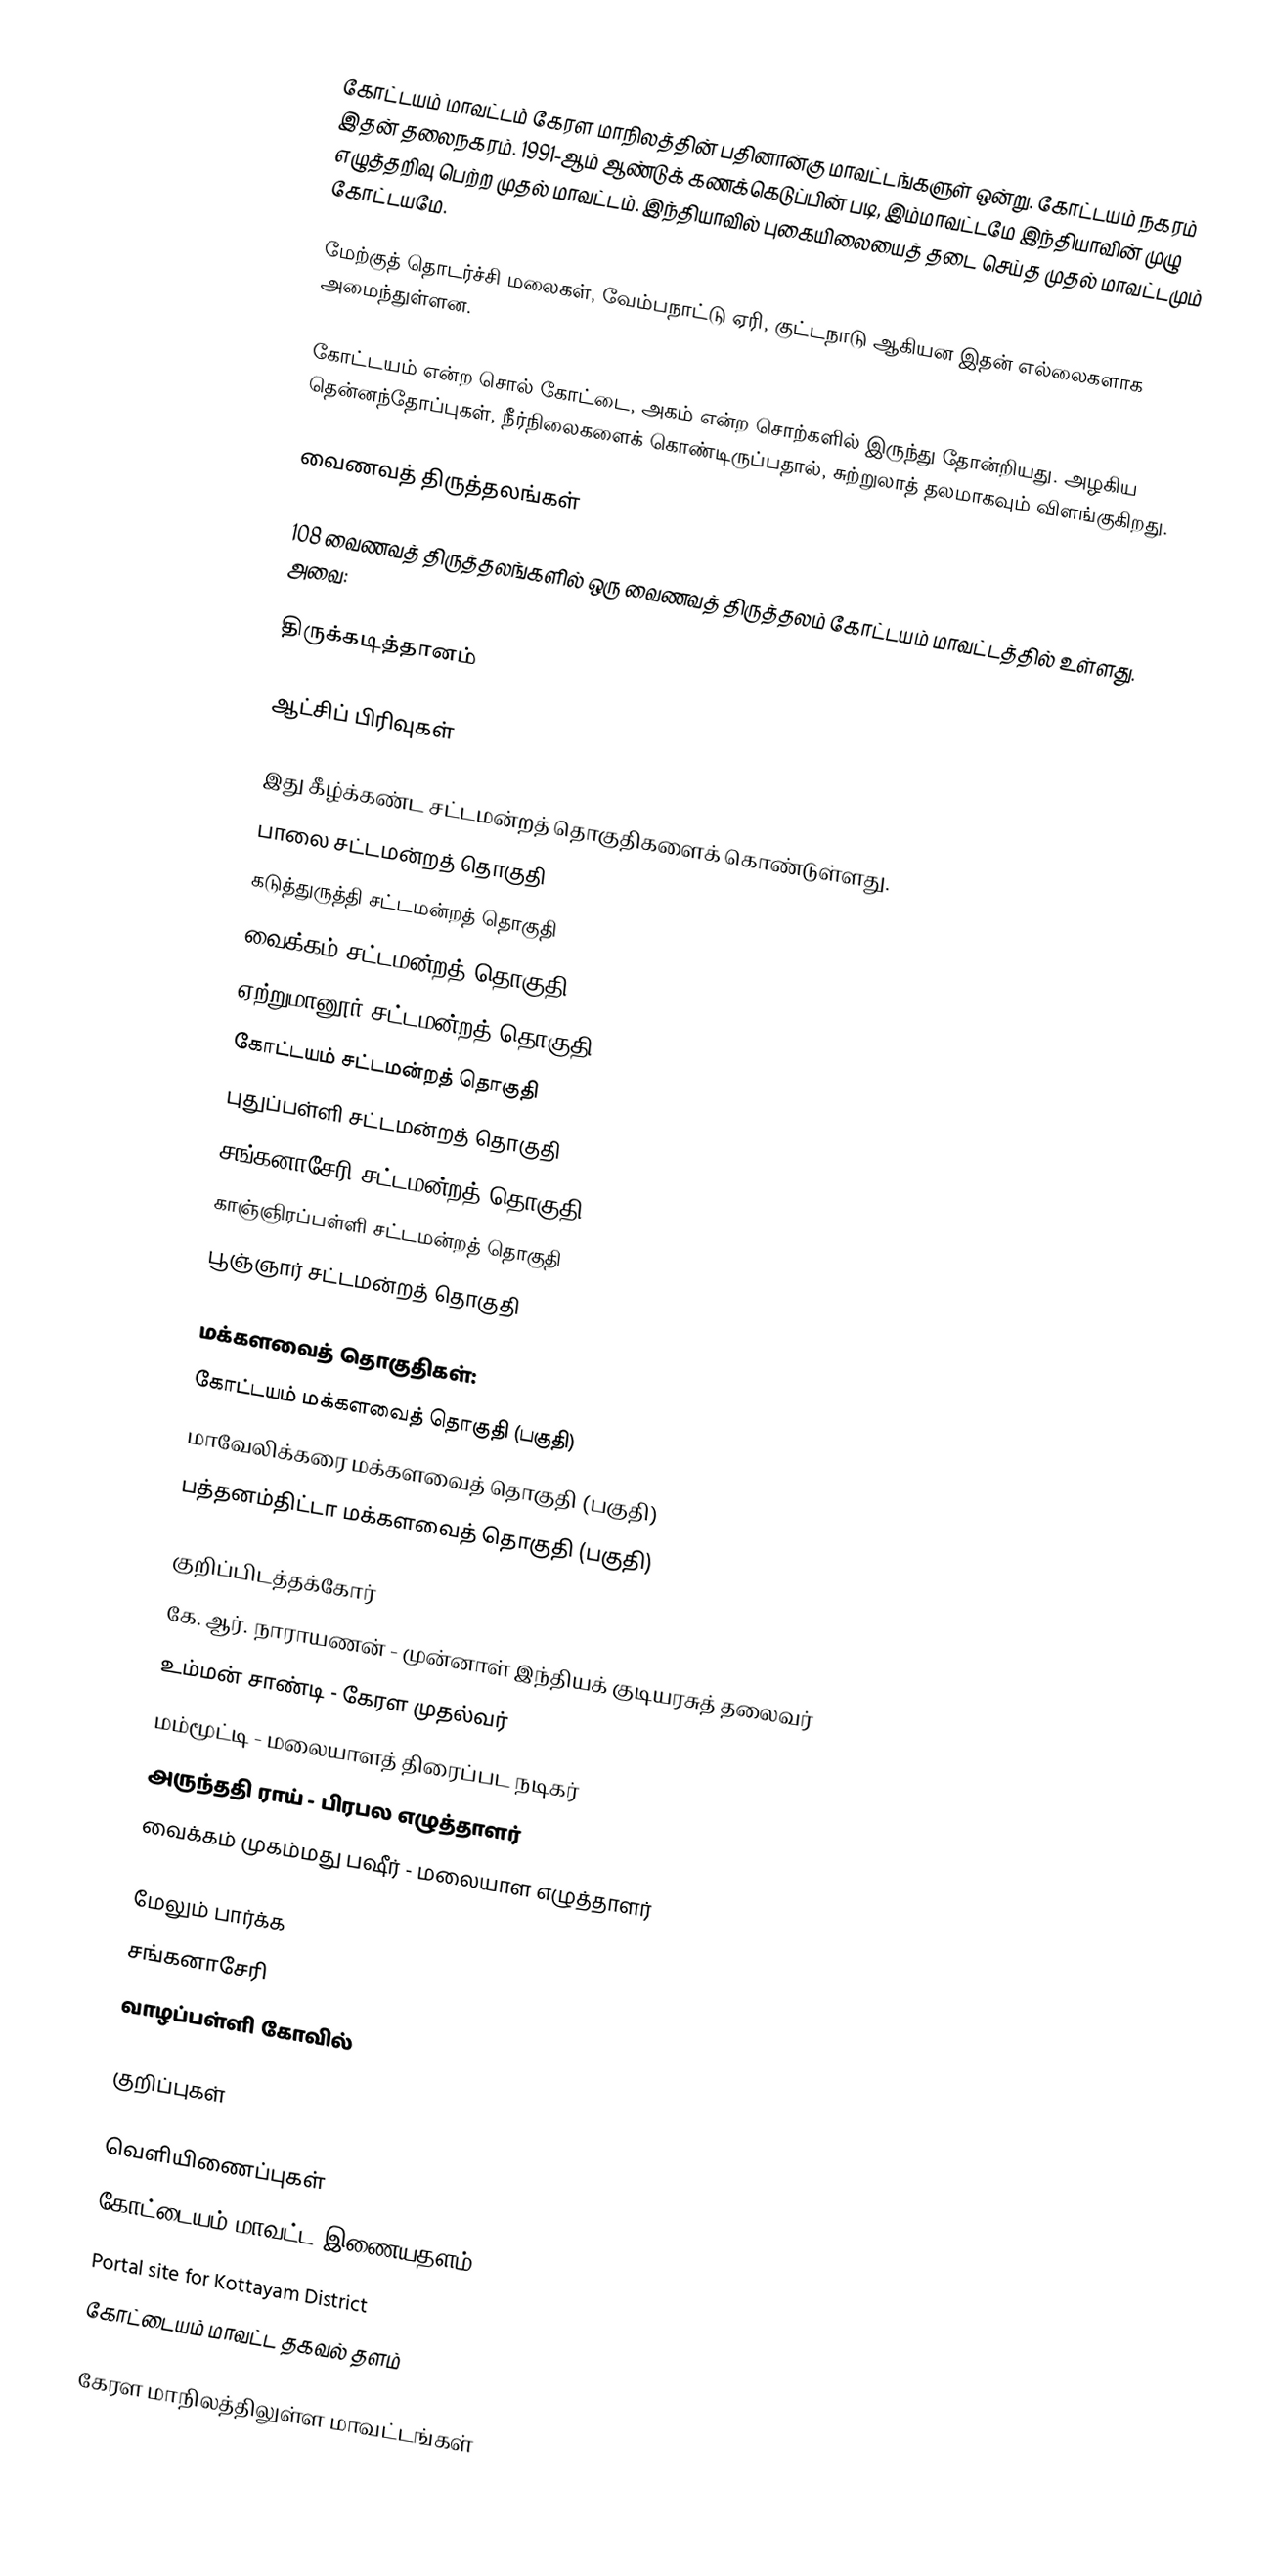
கோட்டயம் மாவட்டம் கேரள மாநிலத்தின் பதினான்கு மாவட்டங்களுள் ஒன்று. கோட்டயம் நகரம் இதன் தலைநகரம். 1991-ஆம் ஆண்டுக் கணக்கெடுப்பின் படி, இம்மாவட்டமே இந்தியாவின் முழு எழுத்தறிவு பெற்ற முதல் மாவட்டம். இந்தியாவில் புகையிலையைத் தடை செய்த முதல் மாவட்டமும் கோட்டயமே.

மேற்குத் தொடர்ச்சி மலைகள், வேம்பநாட்டு ஏரி, குட்டநாடு ஆகியன இதன் எல்லைகளாக அமைந்துள்ளன.

கோட்டயம் என்ற சொல் கோட்டை, அகம் என்ற சொற்களில் இருந்து தோன்றியது. அழகிய தென்னந்தோப்புகள், நீர்நிலைகளைக் கொண்டிருப்பதால், சுற்றுலாத் தலமாகவும் விளங்குகிறது.

வைணவத் திருத்தலங்கள்

108 வைணவத் திருத்தலங்களில் ஒரு வைணவத் திருத்தலம் கோட்டயம் மாவட்டத்தில் உள்ளது. அவை:

 திருக்கடித்தானம்

ஆட்சிப் பிரிவுகள்

இது கீழ்க்கண்ட சட்டமன்றத் தொகுதிகளைக் கொண்டுள்ளது.
பாலை சட்டமன்றத் தொகுதி
கடுத்துருத்தி சட்டமன்றத் தொகுதி
வைக்கம் சட்டமன்றத் தொகுதி
ஏற்றுமானூர் சட்டமன்றத் தொகுதி
கோட்டயம் சட்டமன்றத் தொகுதி
புதுப்பள்ளி சட்டமன்றத் தொகுதி
சங்கனாசேரி சட்டமன்றத் தொகுதி
காஞ்ஞிரப்பள்ளி சட்டமன்றத் தொகுதி
பூஞ்ஞார் சட்டமன்றத் தொகுதி

மக்களவைத் தொகுதிகள்:
கோட்டயம் மக்களவைத் தொகுதி (பகுதி)
மாவேலிக்கரை மக்களவைத் தொகுதி (பகுதி)
பத்தனம்திட்டா மக்களவைத் தொகுதி (பகுதி)

குறிப்பிடத்தக்கோர்
கே. ஆர். நாராயணன் - முன்னாள் இந்தியக் குடியரசுத் தலைவர்
உம்மன் சாண்டி - கேரள முதல்வர்
மம்மூட்டி - மலையாளத் திரைப்பட நடிகர்
அருந்ததி ராய் - பிரபல எழுத்தாளர்
வைக்கம் முகம்மது பஷீர் - மலையாள எழுத்தாளர்

மேலும் பார்க்க
சங்கனாசேரி
வாழப்பள்ளி கோவில்

குறிப்புகள்

வெளியிணைப்புகள்
கோட்டையம் மாவட்ட இணையதளம்
Portal site for Kottayam District
கோட்டையம் மாவட்ட தகவல் தளம்

கேரள மாநிலத்திலுள்ள மாவட்டங்கள்